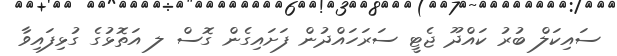
ސައިކަލް ބުރު ކައްދޫ ޖެޓީ ސަރަހައްދުން ފަށައިގެން ގޮސް ލ އަތޮޅުގެ ގުޅިފައިވާ